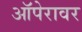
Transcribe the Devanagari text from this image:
ऑपेरावर